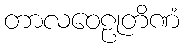
တာလဝေဠုတိဏံ